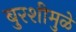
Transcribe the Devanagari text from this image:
बुरशीमुळे